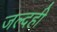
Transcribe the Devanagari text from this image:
जल्दही